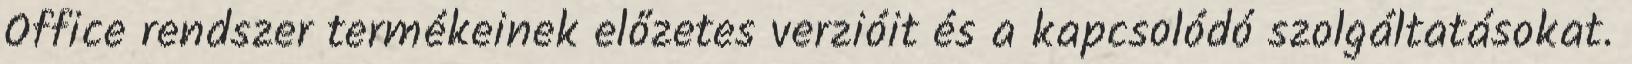
Office rendszer termékeinek előzetes verzióit és a kapcsolódó szolgáltatásokat.